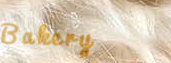
Bakery